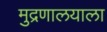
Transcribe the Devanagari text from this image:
मुद्रणालयाला